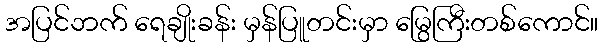
အပြင်ဘက် ရေချိုးခန်း မှန်ပြူတင်းမှာ မြွေကြီးတစ်ကောင်။